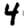
Digit: 4